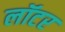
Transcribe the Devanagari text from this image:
लॉटर